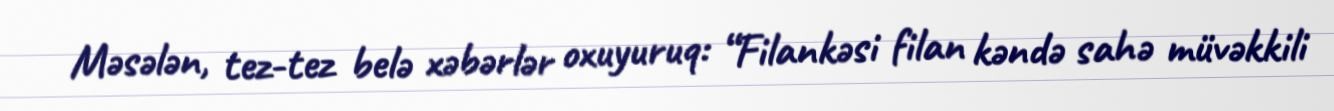
Məsələn, tez-tez belə xəbərlər oxuyuruq: “Filankəsi filan kəndə sahə müvəkkili